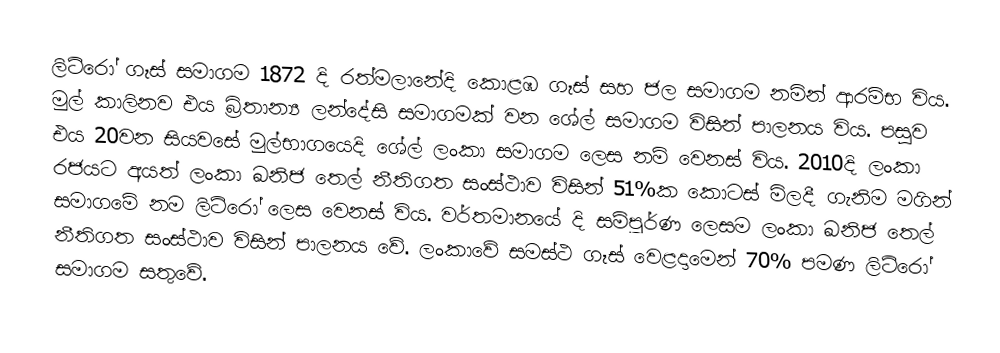
ලිට්රෝ ගෑස් සමාගම 1872 දි රත්මලානේදි කොළඹ ගෑස් සහ ජල සමාගම නමින් ආරම්භ විය. මුල් කාලිනව එය බ්‍රිතාන්‍ය ලන්දේසි සමාගමක් වන ශේල් සමාගම විසින් පාලනය විය. පසුව එය 20වන සියවසේ මුල්භාගයෙදි ශේල් ලංකා සමාගම ලෙස නම් වෙනස් විය. 2010දි ලංකා රජයට අයත් ලංකා ඛනිජ තෙල් නීතිගත සංස්ථාව විසින් 51%ක කොටස් මිලදී ගැනිම මගින් සමාගමේ නම ලිට්රෝ ලෙස වෙනස් විය. වර්තමානයේ දි සම්පූර්ණ ලෙසම ලංකා ඛනිජ තෙල් නීතිගත සංස්ථාව විසින් පාලනය වේ. ලංකාවේ සමස්ථ ගෑස් වෙළදාමෙන් 70% පමණ ලිට්රෝ සමාගම සතුවේ.